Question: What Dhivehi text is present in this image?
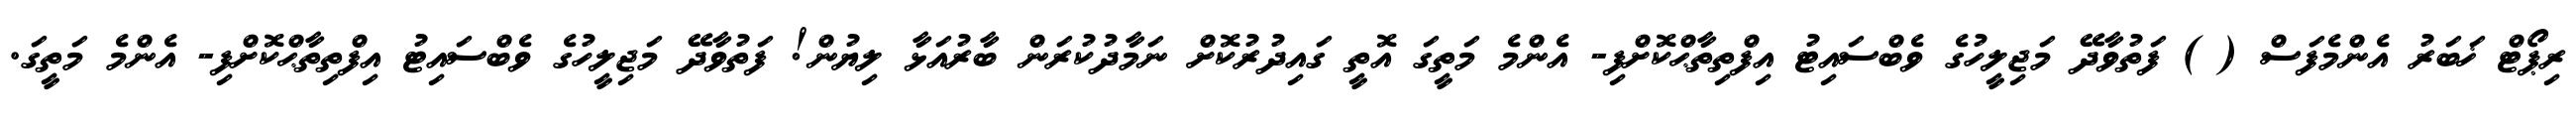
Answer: ރިޕޯޓް ޚަބަރު އެންމެފަސް ( ) ފަތުވާދޭ މަޖިލީހުގެ ވެބްސައިޓު އިފްތިތާޙްކޮށްފި- އެންމެ މަތީގަ އޮތީ ގައިދުރުކޮށް ނަމާދުކުރަން ބާރުއަޅާ ލިޔުން! ފަތުވާދޭ މަޖިލީހުގެ ވެބްސައިޓު އިފްތިތާޙްކޮށްފި- އެންމެ މަތީގަ.